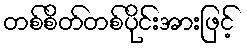
တစ်စိတ်တစ်ပိုင်းအားဖြင့်